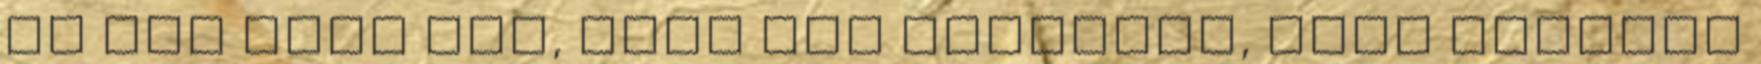
Jó pár film van, amit úgy gondolom, hogy érdemes